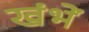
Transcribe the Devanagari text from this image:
खंभें